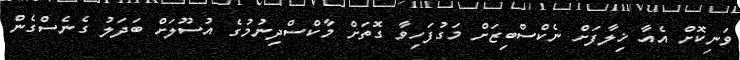
ވަނިކޮށް އެއާ ޚިލާފަށް ނެކްސްބިޒަށް މަގުފަހިވާ ގޮތަށް މާކްސްދިނުމުގެ އުސޫލަށް ބަދަލު ގެނެސްގެން